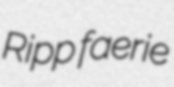
Ripp faerie